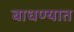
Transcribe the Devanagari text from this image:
बाधण्यात